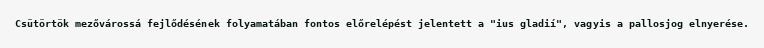
Csütörtök mezővárossá fejlődésének folyamatában fontos előrelépést jelentett a "ius gladií", vagyis a pallosjog elnyerése.